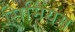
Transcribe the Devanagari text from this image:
सिर्मियम